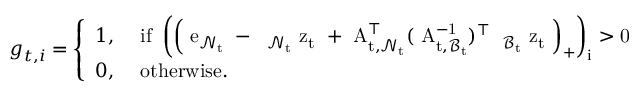
\begin{array} { r } { { g } _ { t , i } = \left\{ \begin{array} { l l } { 1 , } & { \mathrm { ~ i f ~ \left( \left( ~ { e } _ { \mathcal { N } _ t } ~ - ~ { \Theta } _ { \mathcal { N } _ t } ~ { z } _ t ~ + ~ { A } _ { t , \mathcal { N } _ t } ^ { \top } ( ~ { A } _ { t , \mathcal { B } _ t } ^ { - 1 } ) ^ { \top } ~ { \Theta } _ { \mathcal { B } _ t } ~ { z } _ t ~ \right) _ + \right) _ { i } > 0 ~ } } \\ { 0 , } & { \mathrm { ~ o t h e r w i s e . } } \end{array} \right. } \end{array}